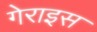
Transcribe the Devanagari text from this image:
गेराइस